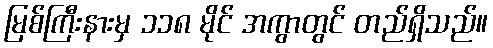
မြစ်ကြီးနားမှ ၁၁၈ မိုင် အကွာတွင် တည်ရှိသည်။